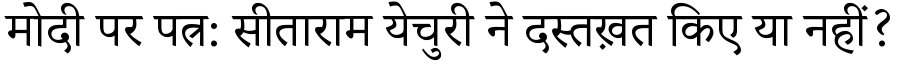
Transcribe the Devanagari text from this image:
मोदी पर पत्र: सीताराम येचुरी ने दस्तख़त किए या नहीं?